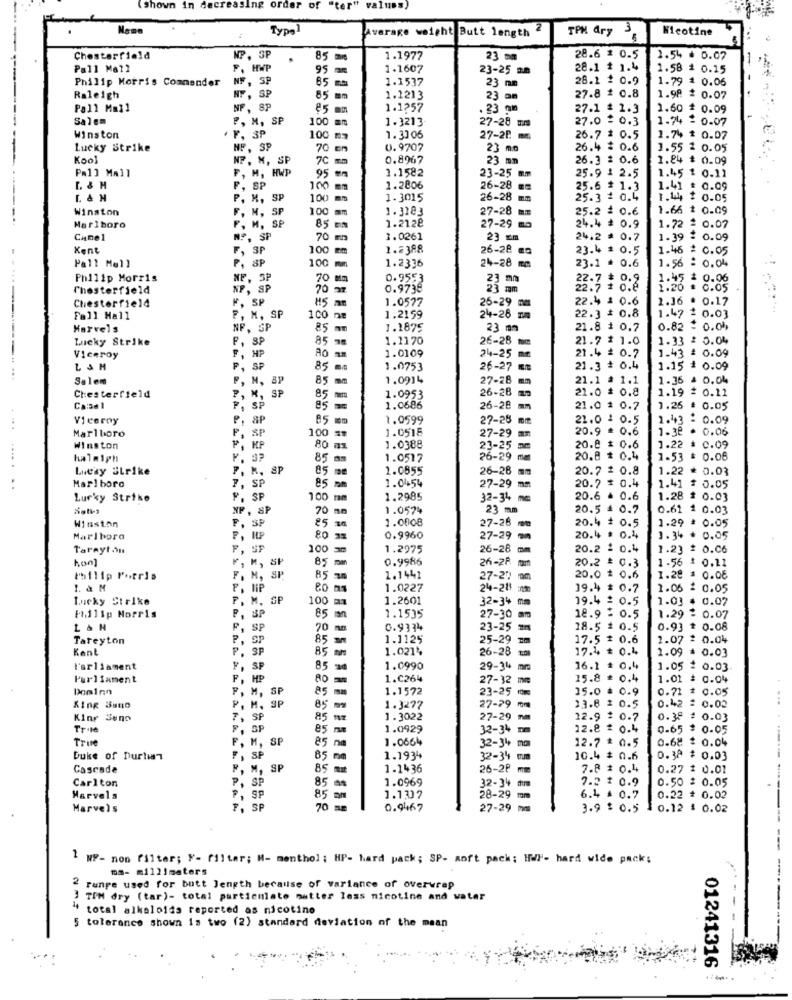
(Shown in decreasing order of "ter" valuss)
Type1
Average weight Butt length 2
TPM dry 3
Nicotine
Chesterfield
MP. SP
85
1.1977
23 mm
28.6 # 0.5
2.54 ₫ 0.07
Pall Mall
F. HWP
95 mm
1.1607
23-25 mm
28.1 * 1.4
1.58 # 0.15
Philip Morris Commander
NF, SP
1.1537
28.1 1 0.9
1.79 = 0.06
65 mm
23 mm
27.8 # 0.8
Raleigh
NF, SP
85
1.1213
23
1.98 2 0.07
Pall Mall
NF, SP
€5 mm
1.1257
. 23 gm
27.1 = 1.3
1.60 $ 0.09
Salem
P, M, SP
100 mm
1.3213
27.0 $ 0.3
1.74 = 0.07
, 3P
27-28 mm
Winston
100 ma
1. 3306
27-28 mm
26.7 # 0.5
1.74 $ 0.07
Lucky Strike
NF , SP
70 cm
U.9707
23 mo
26.4 $ 0.6
1.55 2 0.05
Kool
NP. K, SP
0.8967
23 mm
26.3 = 0.6
1.84 $ 0.09
Pall Mall
F, H, HWP
1.1582
1.45 1 0.11
95 mm
23-25 mm
25.9 1 2.5
F.
SP
100 mm
1.2806
26-28 mm
25.6 # 1.3
1.41 : 0.09
P. M, SP
100 mm
1.3015
26-28 mm
25.3 = 0.4
1.44 $ 0.05
Winston
F, M, SP
100 mm
1.3183
27-28 mm
25.2 = 0.6
1.66 # 0.09
M. SE
1.2128
Marlboro
F
85 mm
27-29 ma
24.4 = 0.9
1.72 = 0.07
Camel
NP, SP
70 m
3.0261
23 mm
24.2 # 0.7
1.39 $ 0.09
Kent
F, SP
100 mm
1.2388
26-28 mo
23.4 = 0.5
1.46 = 0.05
Pall Mall
P, SP
100 mm
1.2336
24-28 mm
23.1 = 0.6
1.56 : 0.04
Philip Morris
70 mm
0.9553
22.7 ₺ 0.2
1.45 : 0.06
Chesterfield
NP, SP
70 38
0.9738
23.m
22.7 1 0.6
1.20 . 0.05
Chesterfield
1.0577
22.4 1 0.6
2.36 . 0.17
F, SP
26-29 mm
Fall Hall
F, M. SP
100 ne
1.2159
24-28 mm
22.3 * 0.8
1.47 2 0.03
Marvels
NF, SP
85 am
1.2875
23 mm
21.8 1 0.7
0.82 = 0.00
Lucky Strike
F, SP
85
1.1170
26-28 mm
21.7 * 1.0
1.33 2 0.04
A
1.0109
21.4 2 0.7
3 : 0.09
Viceroy
F. HP
24-25 mm
L SM
P, SP
85
1.0753
26-27 12
21.3 # 0.4
1.15 # 0.09
Salem
M, SP
1.0914
27-28 mm
21.1 ª 1.1
1.36 4 0.04
Chesterfield
M, SP
26-28 mm
21.0 # 0.8
1.19 = 0.11
85
1.0953
Ca:se 1
SP
1.0686
26-28 mm
21.0 $ 0.7
1.26 : 0.05
Viceroy
ap
85
1.0599
27-28 mm
21.0 1 0.5
1.43 : 0.09
Marlboro
SP
100
1.0518
20.9 = 0.6
1-32 ·
0.06
27-29 mm
Winston
KF
1.0388
23-25
20.8 $ 0.6
1.22 * 0.09
halaigh
85 am
1.0517
26-29 m
20.8 * 0.4
1-53 = 0.06
... .
Liesy ELrike
M. SP
SP
85
1.0855
26-28 mm
20.7 = 0.8
1.22 * 0.03
Marlboro
SP
85
1.0454
0.05
..
27-29 mm
20.7 * 0.4
Lucky Strike
SP
100
1.2985
32-34 mm
20.6 ₺ 0.6
1.28 $ 0.03
. SP
70
1.0574
23 mm
20.5 4 0.7
0.61 1 0.03
Winston
SP
25 38
1.0008
1.29 * 0.05
27-28 mm
20.4 + 0.5
Marlboro
80 38
0.9960
27-29 mm
20.4 . 0.4
1.34 . 0.05
Tarayton
SF
100
1.2975
26-28 m
20.2 : 0.4
1.23 : 0.06
hon]
M, SP
85 mm
0.9986
26-2Pm
20.2 = 0.3
1.56 $ 0.11
Philip Porris
M, SP.
85 mm
1.1441
27-20 mm
20.0 $ 0.6
1.28 = 0.06
1. & M
80 ms
1.0227
24-28 um
19.4 $ 0.7
1.06 : 0.05
Lucky Strike
M. SP
100 mm
1.2601
32-34 mm
19.4 : 0.5
1.03 $ 0.07
1.1535
Philip Morris
F, BP
85 m
27-30 mm
18.9 2 0.5
1.29
0.07
L & H
SP
70 mm
0.9334
23-25
18.5 * 0.5
0.93 $ 0.08
Tareyton
SP
85 mm
1.1125
25-29 mm
17.5 $ 0.6
1.07 2 0.04
Kent
SP
85 mm
1.021%
26-28
17.4 ₺ 0.4
1.09 = 0.03
l'arliament
85
1.0990
29-34 mm
16.1 # 0.4
1.05 : 0.03
Parliament
RO
1.C264
27-32 m
15.8 £ 0.4
1.01
0.04
Dominn
85
1.1572
23-25 ₥
15.0 ₺ 0.9
0.71 * 0.05
P
M, SP
..
, M, SP
1.3277
27-29 m
13.8 $ 0.5
0.42 2 0.02
Kinr Seno
SP
85
1. 3022
27-29 m
12.9 2 0.7
0.38 # 0.03
Tr. 1
SF
85
1.0929
32-34 m
12.8 = 0.4
0-65 $ 0.05
Tru
M, SP
85
1.0664
32-34+ m
12.7 * 0.5
0.68 $ 0.04
Duke of Durtin
F, SP
85
1.1934
32-34 cm
10.4 $ 0.6
0.38 $ 0.03
Cascade
F, M, SP
85 m
1.1436
26-2P mm
7.8 # 0.4
0.27 $ 0.01
Carlton
SP
85 08
1.0969
7.2 $ 0.9
0.50 = 0.05
85 MM
32-34 mm
Marvels
SP
1.1307
28-29 mm
6.4 = 0.7
0.22 = 0.02
Marvels
A. A. R. A.
SP
70
0.9467
27-29 mm
3.9 $ 0.5
0.12 1 0.02
1 MP- non filter; F- filter; M- menthol ; HP- hard pack; SP- aoft pack; HWl- hard wide pack;
ms- millimeters
2 range used for butt length because of variance of overwrap
3 TIM dry (tar)- total particulate matter less nicotine and water
" total alkaloids reported as nicotine
5 tolerance shown 1a two (2) standard deviation of the mean
01241316